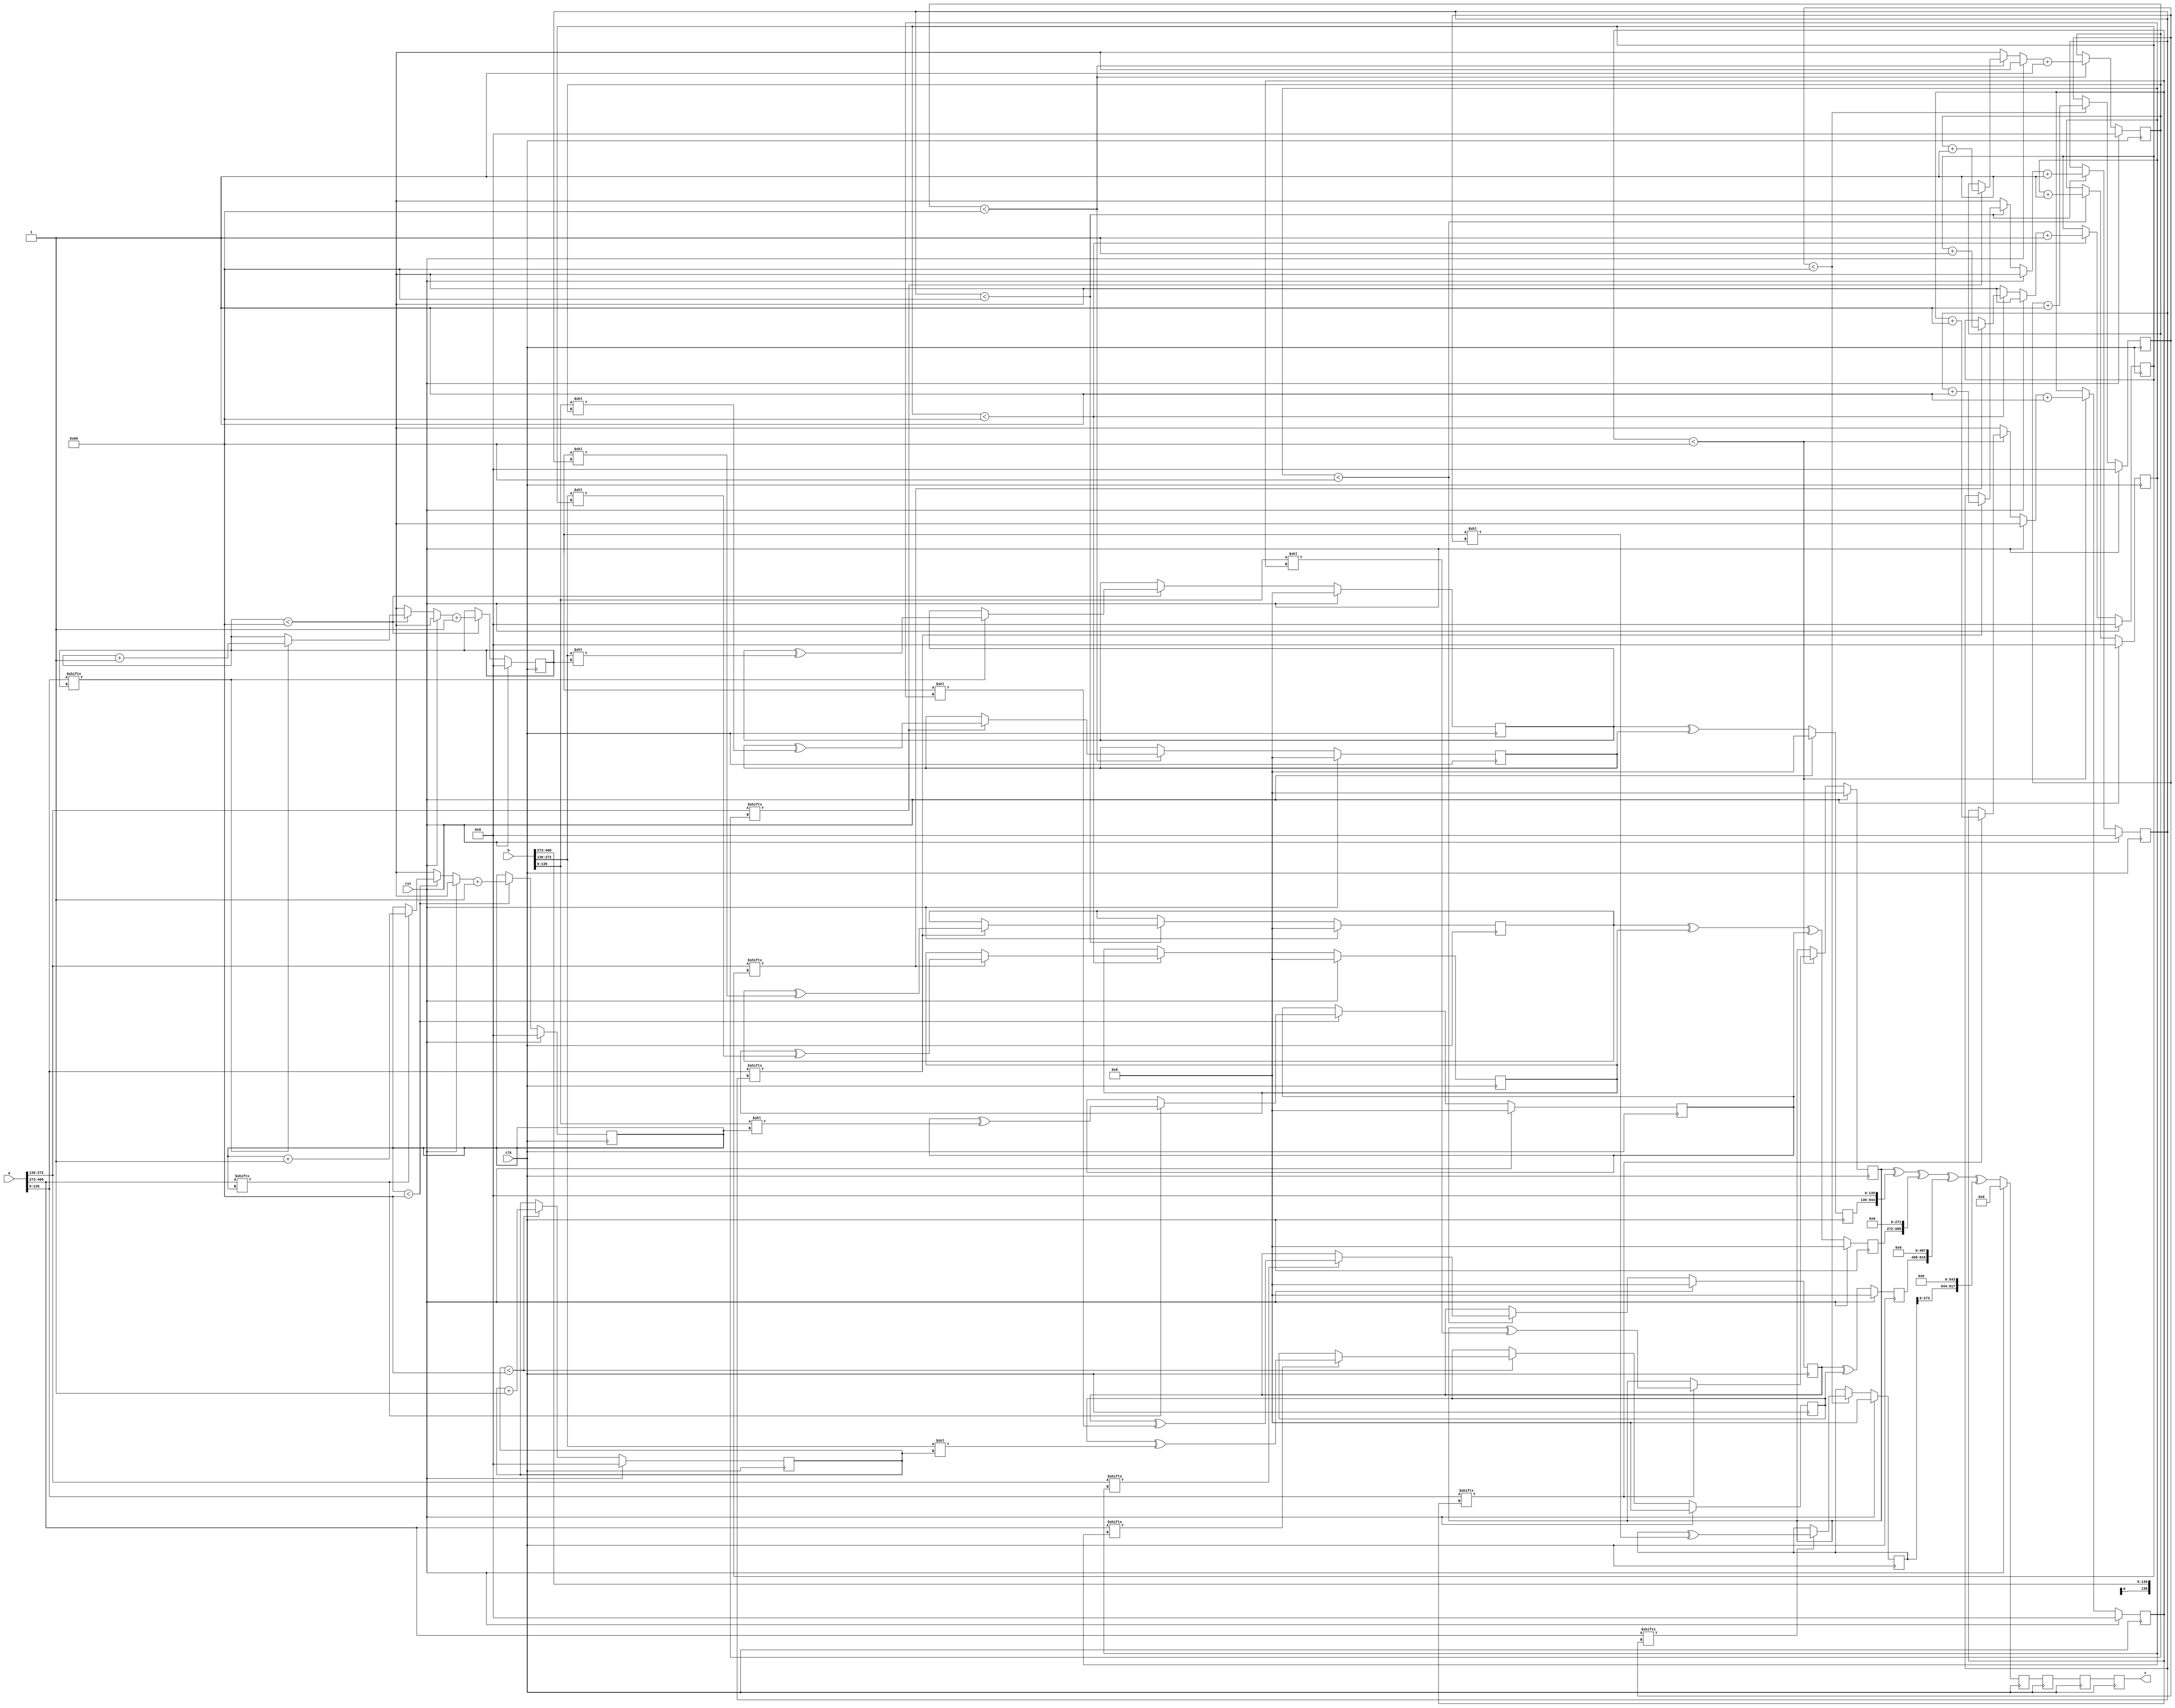
// TalTech large integer multiplier library
// Multiplier type: three_way_toom_cook
// Parameters: 409 409 4
// Target tool: genus
module three_way_toom_cook(clk, rst, a, b, c);
input clk;
input rst;
input [408:0] a;
input [408:0] b;
output reg [817:0] c;

// Pipeline register declaration 
reg [817:0] c_temp_3;
reg [817:0] c_temp_2;
reg [817:0] c_temp_1;

// Wires declaration 
wire  [135:0] a0;
wire  [136:0] a1;
wire  [136:0] a2;
wire  [135:0] b0;
wire  [136:0] b1;
wire  [136:0] b2;

// Registers declaration 
reg  [135:0] counter_d;
reg  [135:0] counter_e1;
reg  [135:0] counter_e2;
reg  [135:0] counter_f1;
reg  [135:0] counter_f2;
reg  [135:0] counter_f3;
reg  [135:0] counter_g1;
reg  [135:0] counter_g2;
reg  [135:0] counter_h;
reg  [408:0] d;
reg  [408:0] e1_mul;
reg  [408:0] e2_mul;
reg  [408:0] e;
reg  [408:0] f1_mul;
reg  [408:0] f2_mul;
reg  [408:0] f3_mul;
reg  [408:0] f;
reg  [408:0] g1_mul;
reg  [408:0] g2_mul;
reg  [408:0] g;
reg  [408:0] h;
reg  [817:0] temp;

// Initial assignments to wires
assign a0 = a[135:0];
assign a1 = a[272:136];
assign a2 = a[409:273];
assign b0 = b[135:0];
assign b1 = b[272:136];
assign b2 = b[409:273];

// Step-1 of 3-Way TCM Multiplier
always @(posedge clk) begin
	if (rst) begin
		d <= 409'd0;
		counter_d <= 136'd0;
	end
	else if (counter_d < 137) begin
		if (a2[counter_d] == 1'b1) begin
			d <= d ^ (b2 << counter_d);
			counter_d <= counter_d + 1;
		end
		counter_d <= counter_d + 1;
	end
end

// Step-2 (Part-1) of 3-Way TCM Multiplier
always @(posedge clk) begin
	if (rst) begin
		e1_mul <= 409'd0;
		counter_e1 <= 136'd0;
	end
	else if (counter_e1 < 137) begin
		if (a1[counter_e1] == 1'b1) begin
			e1_mul <= e1_mul ^ (b2 << counter_e1);
			counter_e1 <= counter_e1 + 1;
		end
		counter_e1 <= counter_e1 + 1;
	end
end

// Step-2 (Part-2) of 3-Way TCM Multiplier
always @(posedge clk) begin
	if (rst) begin
		e2_mul <= 409'd0;
		counter_e2 <= 136'd0;
	end
	else if (counter_e2 < 137) begin
		if (a2[counter_e1] == 1'b1) begin
			e2_mul <= e2_mul ^ (b1 << counter_e2);
			counter_e2 <= counter_e2 + 1;
		end
		counter_e2 <= counter_e2 + 1;
	end
end

// Step-2 (Part-3) of 3-Way TCM Multiplier
always @(posedge clk) begin
	if (rst) begin
		e = 409'd0;
	end
	else begin
		e = e1_mul ^ e2_mul; 
	end
end

// Step-3 (Part-1) of 3-Way TCM Multiplier
always @(posedge clk) begin
	if (rst) begin
		f1_mul = 409'd0;
		counter_f1 = 136'd0;
	end
	else if (counter_f1 < 137) begin
		if (a0[counter_f1] == 1'b1) begin
			f1_mul = f1_mul ^ (b2 << counter_f1);
			counter_f1 = counter_f1 + 1;
		end
		counter_f1 = counter_f1 + 1;
	end
end

// Step-3 (Part-2) of 3-Way TCM Multiplier
always @(posedge clk) begin
	if (rst) begin
		f2_mul = 409'd0;
		counter_f2 = 136'd0;
	end
	else if (counter_f2 < 137) begin
		if (a1[counter_f2] == 1'b1) begin
			f2_mul = f2_mul ^ (b1 << counter_f2);
			counter_f2 = counter_f2 + 1;
		end
		counter_f2 = counter_f2 + 1;
	end
end

// Step-3 (Part-3) of 3-Way TCM Multiplier
always @(posedge clk) begin
	if (rst) begin
		f3_mul = 409'd0;
		counter_f3 = 136'd0;
	end
	else if (counter_f3 < 137) begin
		if (a2[counter_f3] == 1'b1) begin
			f3_mul = f3_mul ^ (b0 << counter_f3);
			counter_f3 = counter_f3 + 1;
		end
		counter_f3 = counter_f3 + 1;
	end
end

// Step-3 (Part-4) of 3-Way TCM Multiplier
always @(posedge clk) begin
	if (rst) begin
		f = 409'd0;
	end
	else begin
		f = f1_mul ^ f2_mul ^ f3_mul; 
	end
end

// Step-4 (Part-1) of 3-Way TCM Multiplier
always @(posedge clk) begin
	if (rst) begin
		g1_mul = 409'd0;
		counter_g1 = 136'd0;
	end
	else if (counter_g1 < 137) begin
		if (a0[counter_g1] == 1'b1) begin
			g1_mul = g1_mul ^ (b1 << counter_g1);
			counter_g1 = counter_g1 + 1;
		end
		counter_g1 = counter_g1 + 1;
	end
end

// Step-4 (Part-2) of 3-Way TCM Multiplier
always @(posedge clk) begin
	if (rst) begin
		g2_mul = 409'd0;
		counter_g2 = 136'd0;
	end
	else if (counter_g2 < 137) begin
		if (a1[counter_g2] == 1'b1) begin
			g2_mul = g2_mul ^ (b0 << counter_g2);
			counter_g2 = counter_g2 + 1;
		end
		counter_g2 = counter_g2 + 1;
	end
end

// Step-4 (Part-3) of 3-Way TCM Multiplier
always @(posedge clk) begin
	if (rst) begin
		g = 409'd0;
	end
	else begin
		g = g1_mul ^ g2_mul; 
	end
end

// Step-5 of 3-Way TCM Multiplier
always @(posedge clk) begin
	if (rst) begin
		h = 409'd0;
		counter_h = 136'd0;
	end
	else if (counter_h < 137) begin
		if (a0[counter_h] == 1'b1) begin
			h = h ^ (b0 << counter_h);
			counter_h = counter_h + 1;
		end
	counter_h = counter_h + 1;
	end
end

// Step-6 of 3-Way TCM Multiplier
always @(posedge clk) begin
	if (rst) begin
		temp = 818'd0;
		c_temp_3 = 818'd0;
	end
	else begin
		temp = h;
		temp = temp ^ (g << 136);
		temp = temp ^ (f << 272);
		temp = temp ^ (e << 408);
		temp = temp ^ (d << 544);
		c_temp_3 = temp;
	end
end

// pipeline stages
always @(posedge clk) begin
	c <= c_temp_1;
	c_temp_2 <= c_temp_3;
	c_temp_1 <= c_temp_2;
end
endmodule